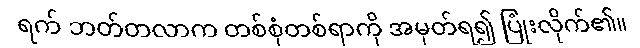
ရက် ဘတ်တလာက တစ်စုံတစ်ရာကို အမှတ်ရ၍ ပြုံးလိုက်၏။